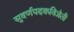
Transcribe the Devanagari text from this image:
सुवर्णपदकविजेती